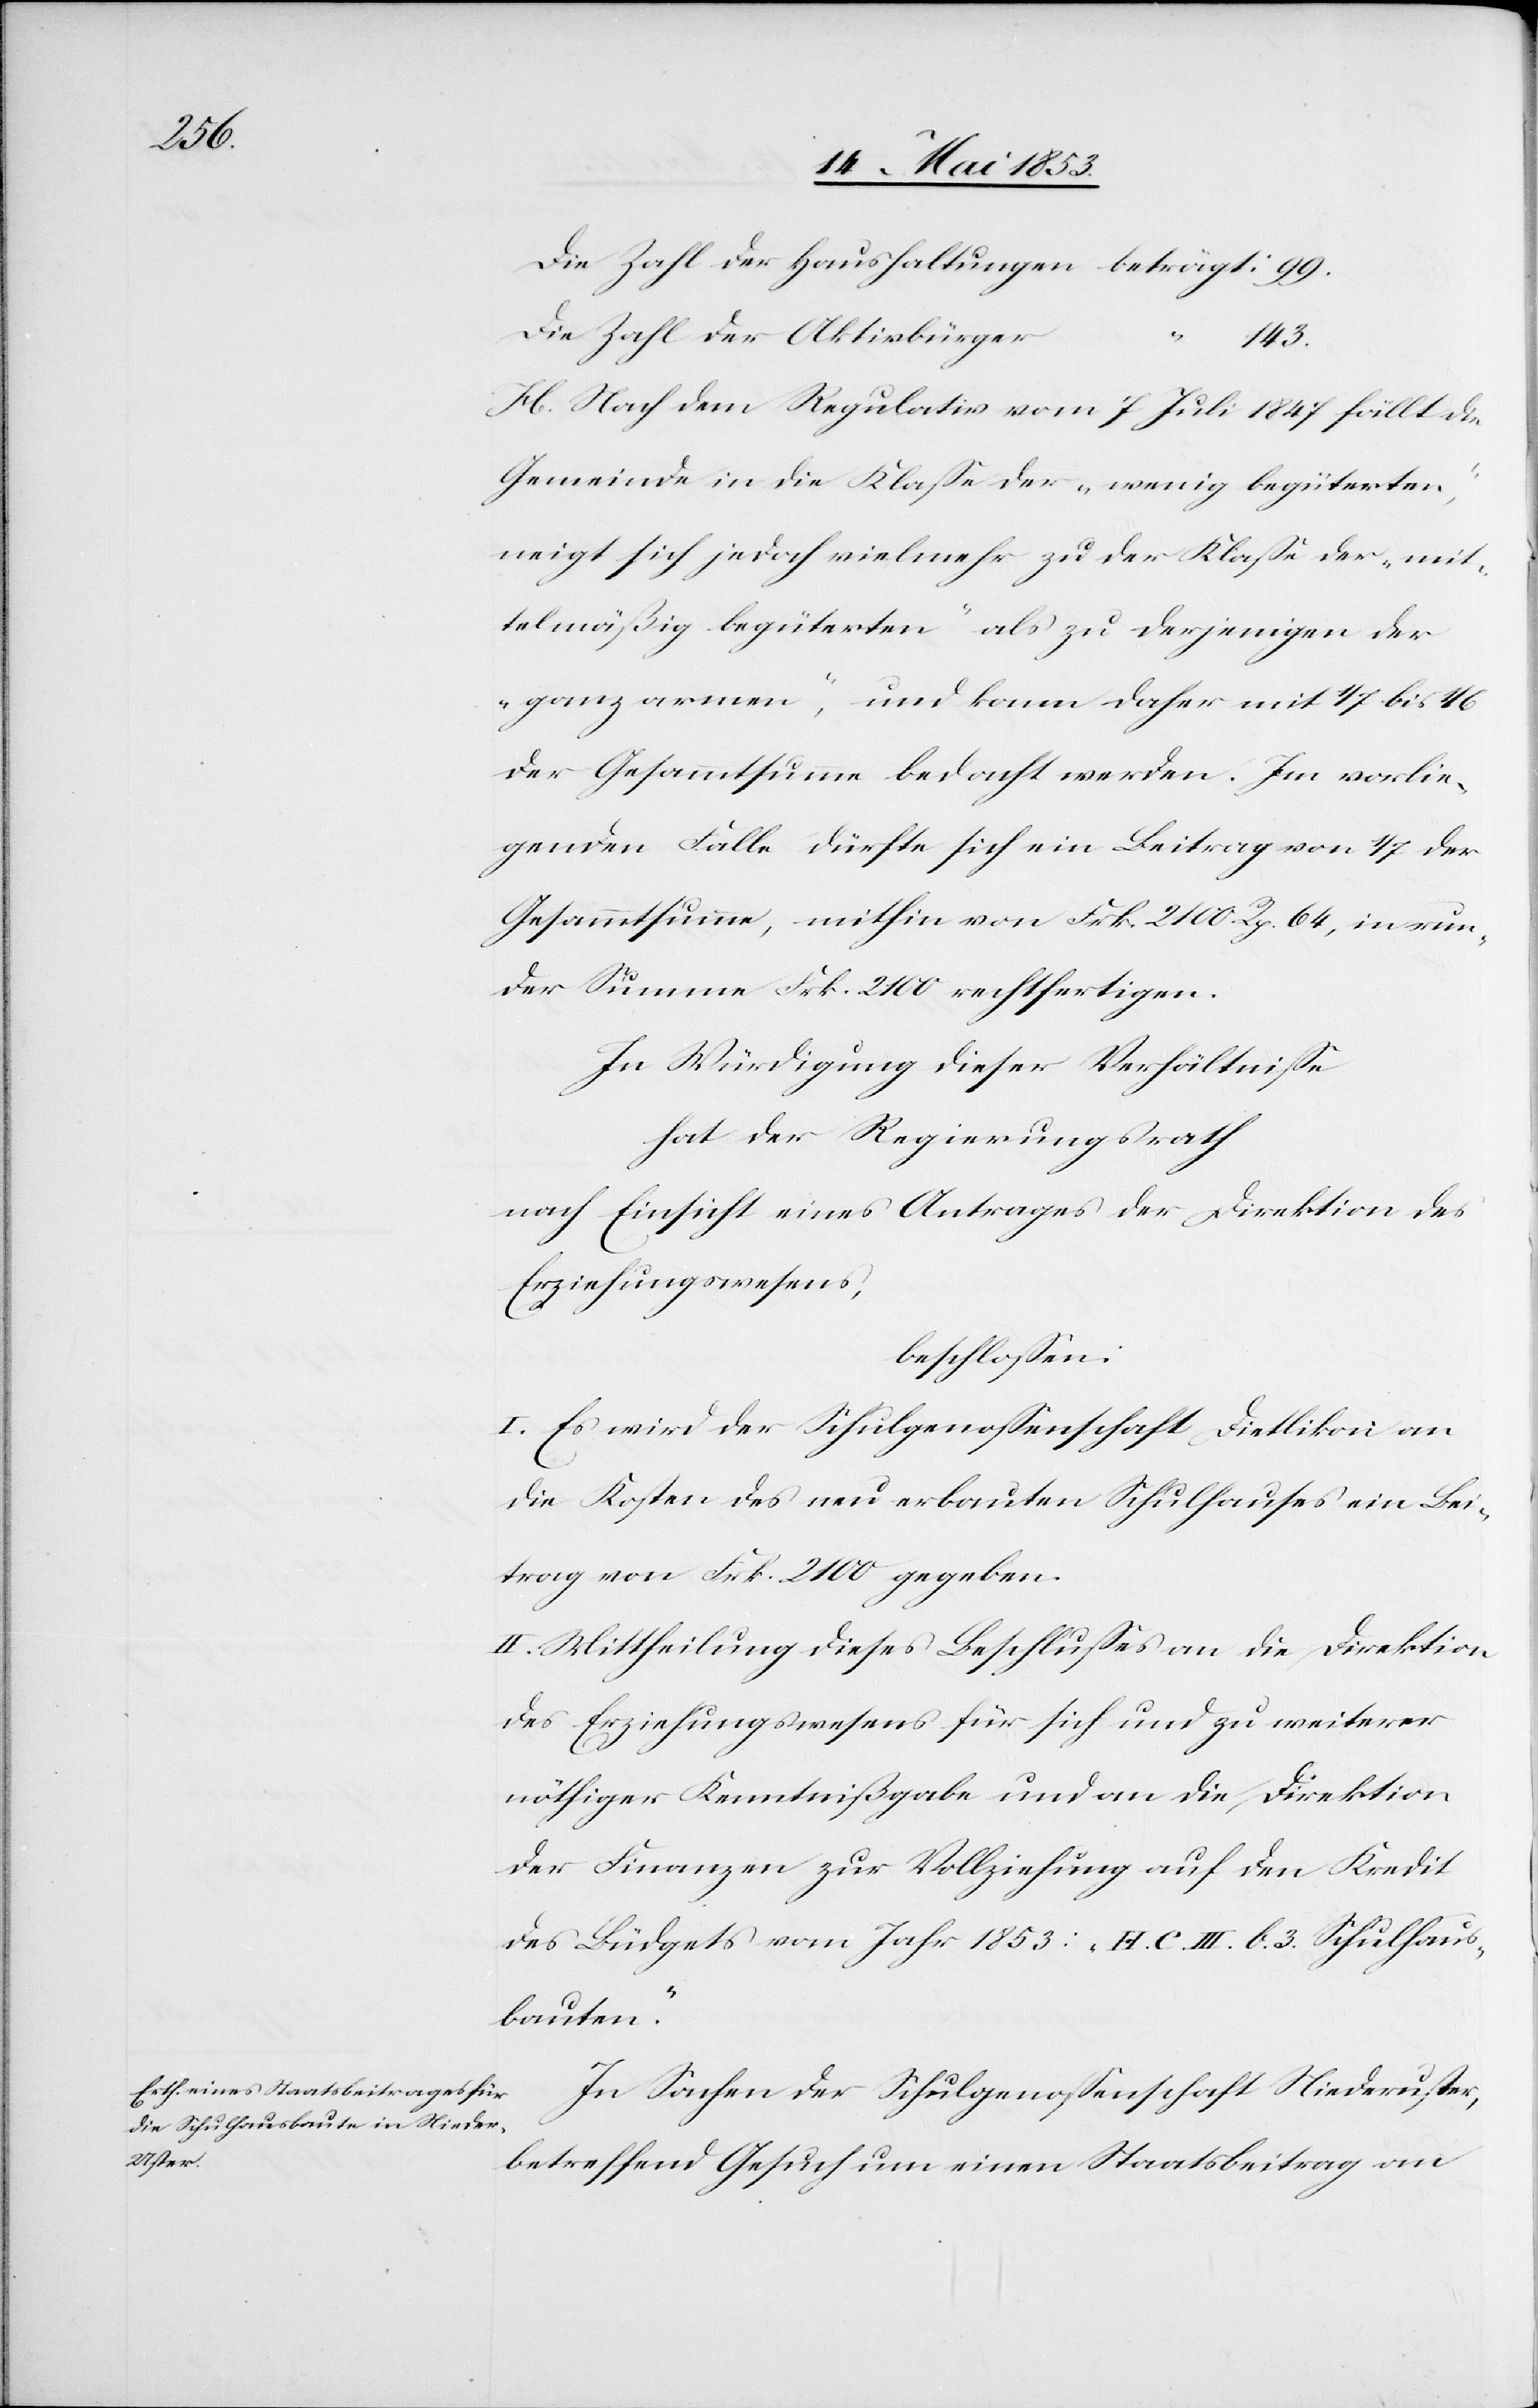
Die Zahl der Haushaltungen beträgt: 99.
Die Zahl der Aktivbürger	“
„mit¬
H. Nach dem Regulativ vom 7 Juli 1847 fällt die
Gemeinde in die Klaße der „wenig begüterten“,
telmäßig begüterten“ als zu derjenigen der
„ganz armen“, und kann daher mit 1/7 bis 1/6
der Gesammtsumme bedacht werden. Im vorlie¬
genden Falle dürfte sich ein Beitrag von 1/7 der
Gesammtsumme, mithin von Frk. 2100 Rp. 64, in run¬
der Summe Frk. 2100 rechtfertigen.
In Würdigung dieser Verhältniße
hat der Regierungsrath
nach Einsicht eines Antrages der Direktion des
Erziehungswesens,
beschloßen:
I. Es wird der Schulgenoßenschaft Dietlikon an
die Kosten des neu erbauten Schulhauses ein Bei¬
trag von Frk. 2100 gegeben.
II. Mittheilung dieses Beschlußes an die Direktion
des Erziehungswesens für sich und zu weiterer
nöthiger Kenntnißgabe und an die Direktion
der Finanzen zur Vollziehung auf den Kredit
des Büdgets vom Jahr 1853: „H. C. III. b. 3. Schulhaus¬
bauten.“
In Sachen der Schulgenoßenschaft Niederuster,
der
betreffend Gesuch um einen Staatsbeitrag am